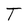
Character: T